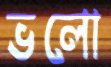
ভলো